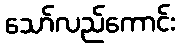
သော်လည်ကောင်း